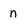
Character: n